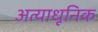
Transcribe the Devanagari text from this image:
अत्याधूनिक